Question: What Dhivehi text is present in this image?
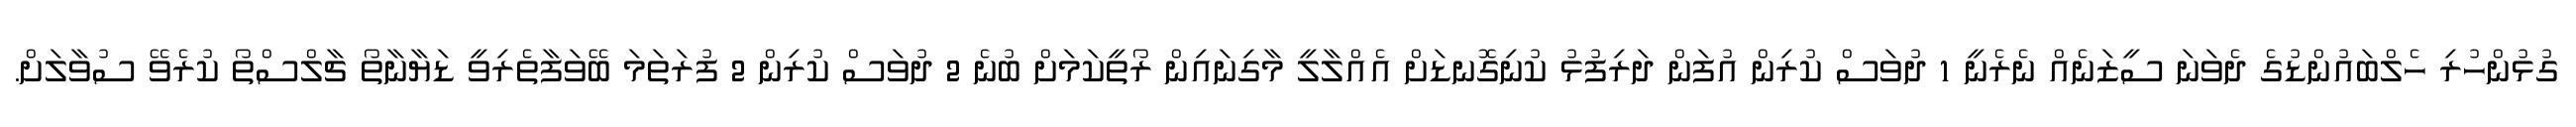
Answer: ގުޅުންހުރި ހެލްބައުންޑުގެ ދެވަނަ ސީޒަނެއް ނެރެނީ 1 ދުވަސް ކުރިން އުފަން ދަރިފުޅު ކުނިގޮނޑަށް އެއްލާލީ މާގިނައިން ރޯތީކަމަށް ބުނެ 2 ދުވަސް ކުރިން 2 ފުރަތަމަ ބޭވަފާތެރިވީ ޑަޔާނާތޯ ޗާލްސްތޯ ކުރެވޭ ސުވާލަށް.